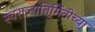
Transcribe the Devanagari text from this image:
स्वराज्यनिर्र्मितीच्या